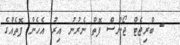
- ބްރިޖެޓް ޖޯންސް ފޮތް ނެރުނު އިރު އެހެން ފޮތެއްގެ